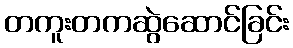
တကူးတကဆွဲဆောင်ခြင်း